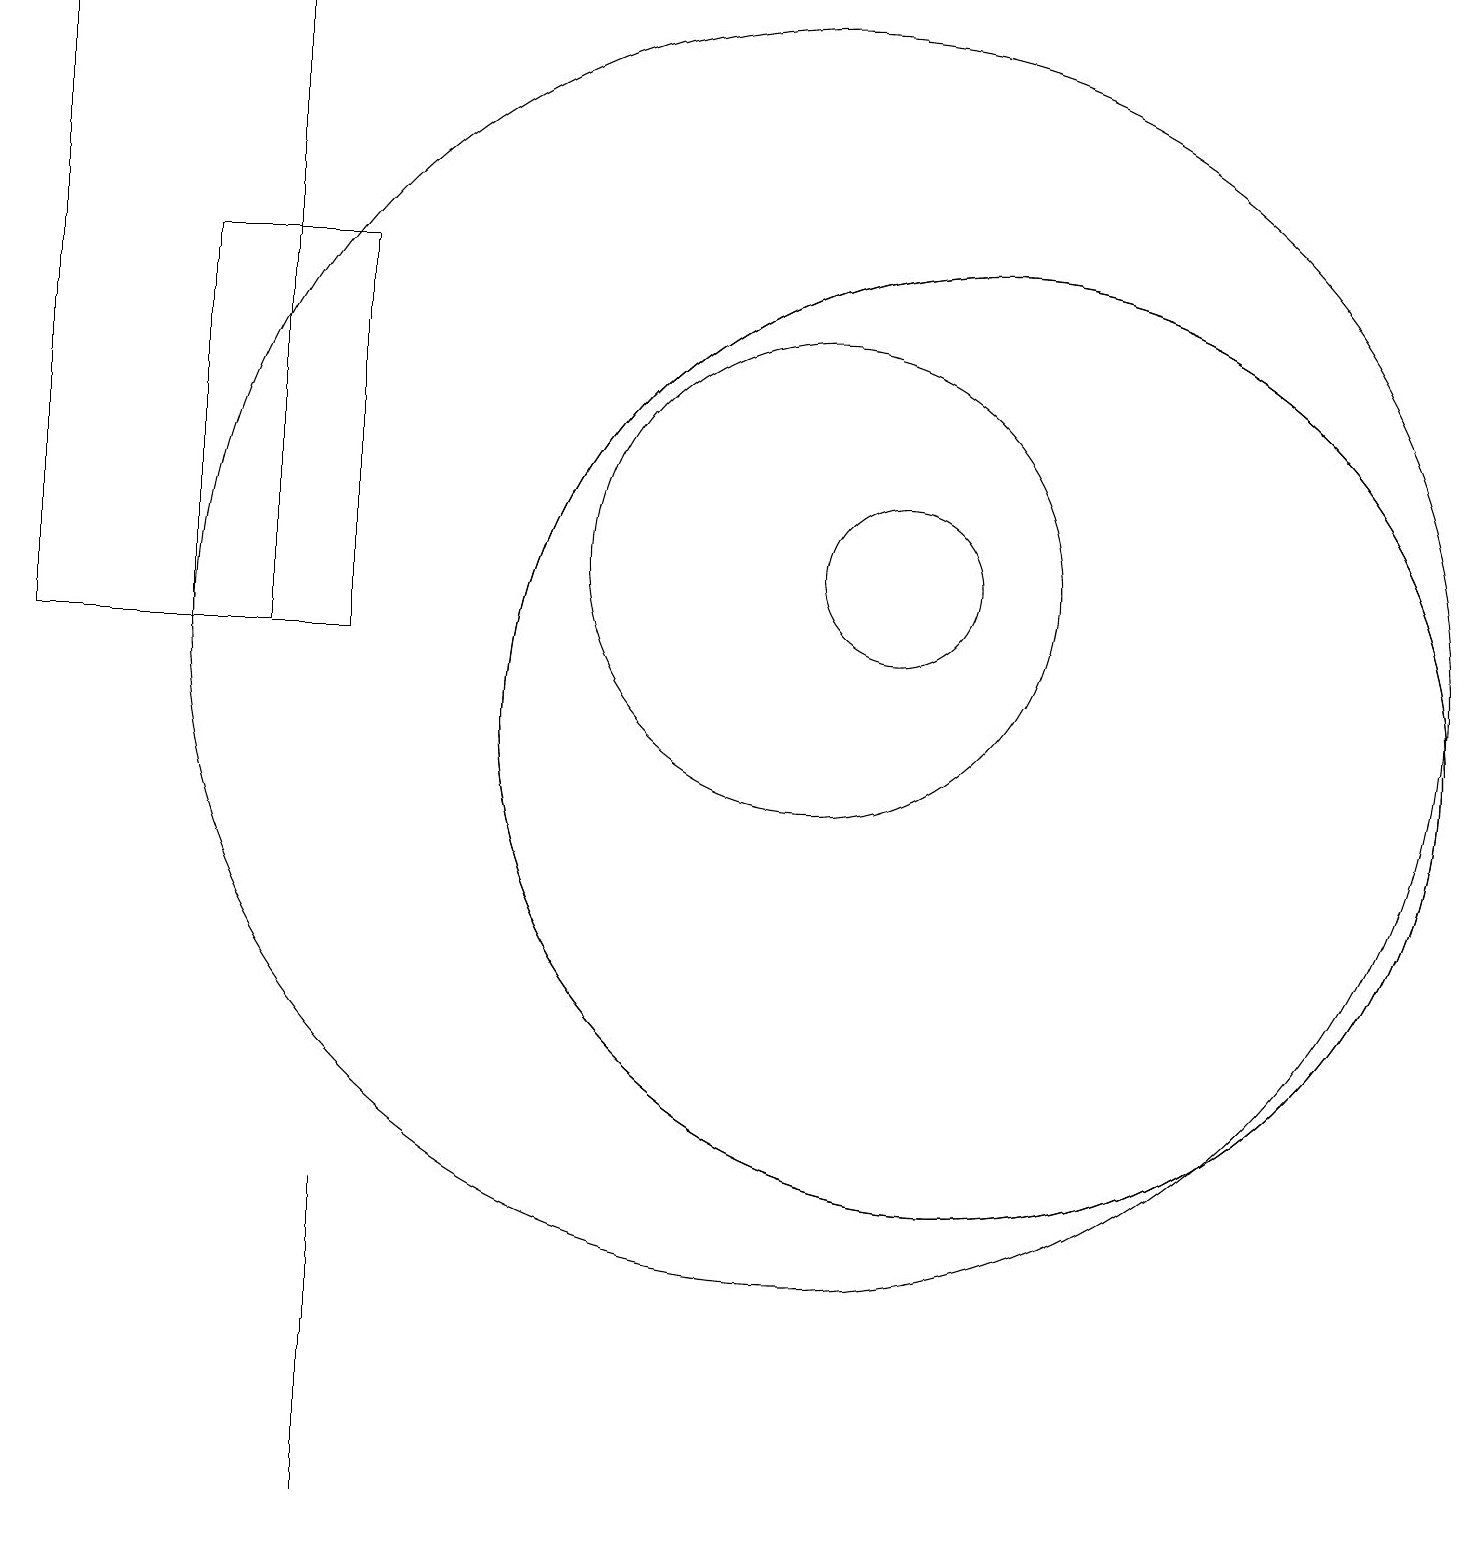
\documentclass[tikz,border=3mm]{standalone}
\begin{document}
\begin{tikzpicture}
\draw (11,12) circle (1);
\draw (12,10) circle (6);
\draw (2,11) rectangle (4,16);
\draw (12,10) circle (6);
\draw (10,12) circle (3);
\draw (0,11) rectangle (3,19);
\draw (10,11) circle (8);
\draw (4,2) -- (4,0) -- (4,4) -- cycle;
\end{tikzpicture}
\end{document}